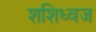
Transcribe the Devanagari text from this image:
शशिध्वज